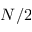
N / 2